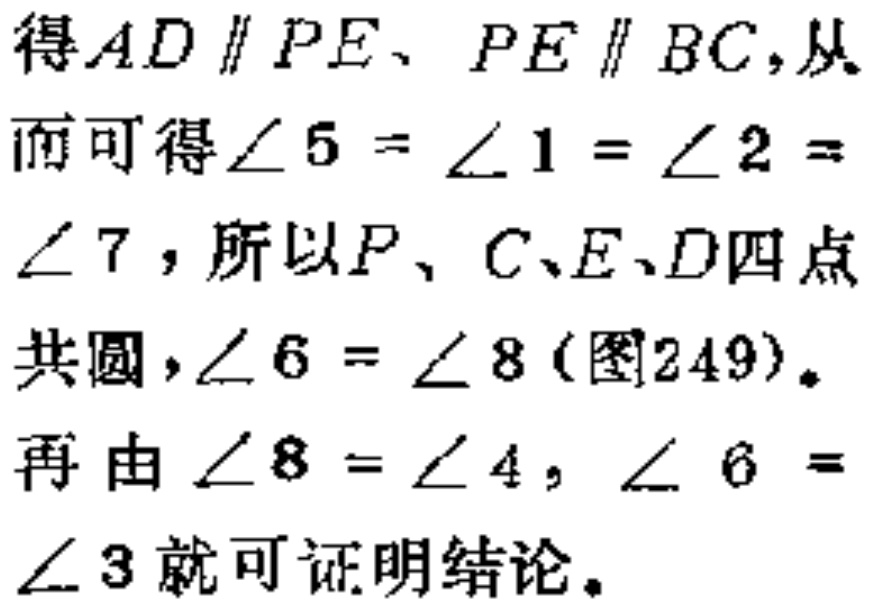
得\(AD \parallel PE\)、\(PE \parallel BC\)，从而可得\(\angle 5 = \angle 1 = \angle 2 = \angle 7\)，所以\(P\)、\(C\)、\(E\)、\(D\)四点共圆，\(\angle 6 = \angle 8\)（图249）。
再由\(\angle 8 = \angle 4\)，\(\angle 6 = \angle 3\)就可证明结论。